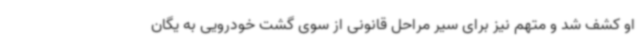
او کشف شد و متهم نیز برای سیر مراحل قانونی از سوی گشت خودرویی به یگان